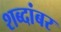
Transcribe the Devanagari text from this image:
शब्दांबर